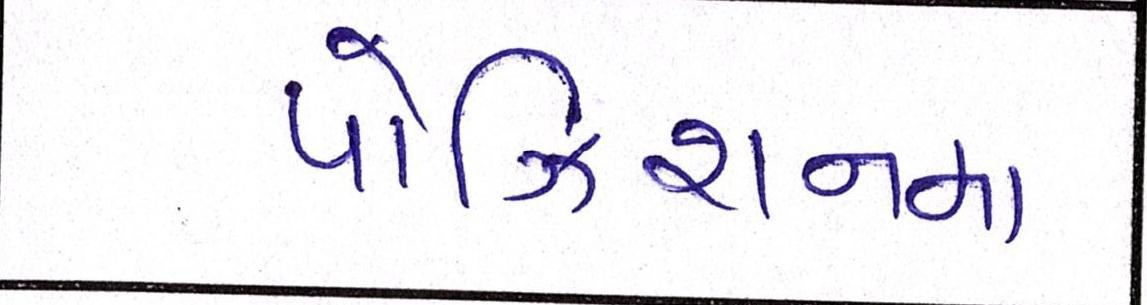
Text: પોઝિશનમાં